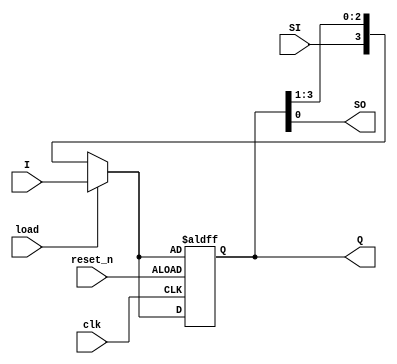
`timescale 1ns / 1ps
//////////////////////////////////////////////////////////////////////////////////
// Company: 
// Engineer: 
// 
// Design Name: 
// Module Name: shift_register_load
// Project Name: 
// Target Devices: 
// Tool Versions: 
// Description: 
// 
// Dependencies: 
// 
// Revision:
// Revision 0.01 - File Created
// Additional Comments:
// 
//////////////////////////////////////////////////////////////////////////////////


module shift_register_load
    #(parameter N=4)
    (
    input clk,
    input SI,
    input [N-1:0] I,
    input load,
    input reset_n,
    output [N-1:0]Q,
    output SO
    );
    reg [N-1:0] Q_reg, Q_next;
    
    always @ (posedge clk,negedge reset_n)
    begin
        if (!reset_n)
            Q_reg<=Q_next;
        else
            Q_reg<= Q_next;
    end
    
    //next state logic
    always @ (SI, Q_reg)
    begin
        if (load)
            Q_next = I;
         else
            Q_next = {SI, Q_reg[N-1:1]};
    end
    
    assign SO = Q_reg[0];
    assign Q = Q_reg;
    
endmodule